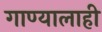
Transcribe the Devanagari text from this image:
गाण्यालाही